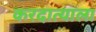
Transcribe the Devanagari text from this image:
करदात्याला